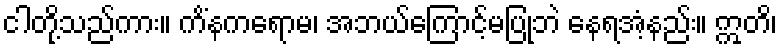
ငါတို့သည်ကား။ ကိံနကရောမ၊ အဘယ်ကြောင့်မပြုဘဲ နေရအံ့နည်း။ ဣတိ၊